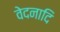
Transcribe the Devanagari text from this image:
वेदनादि